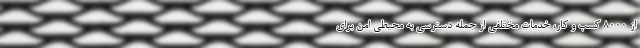
از 8000 کسب و کار، خدمات مختلفی از جمله دسترسی به محیطی امن برای